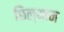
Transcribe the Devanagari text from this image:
छिल्यान